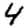
Digit: 4